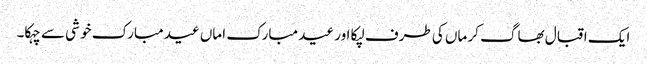
ایک اقبال بھاگ کر ماں کی طرف لپکا اور عید مبارک اماں عید مبارک خو شی سے چہکا۔